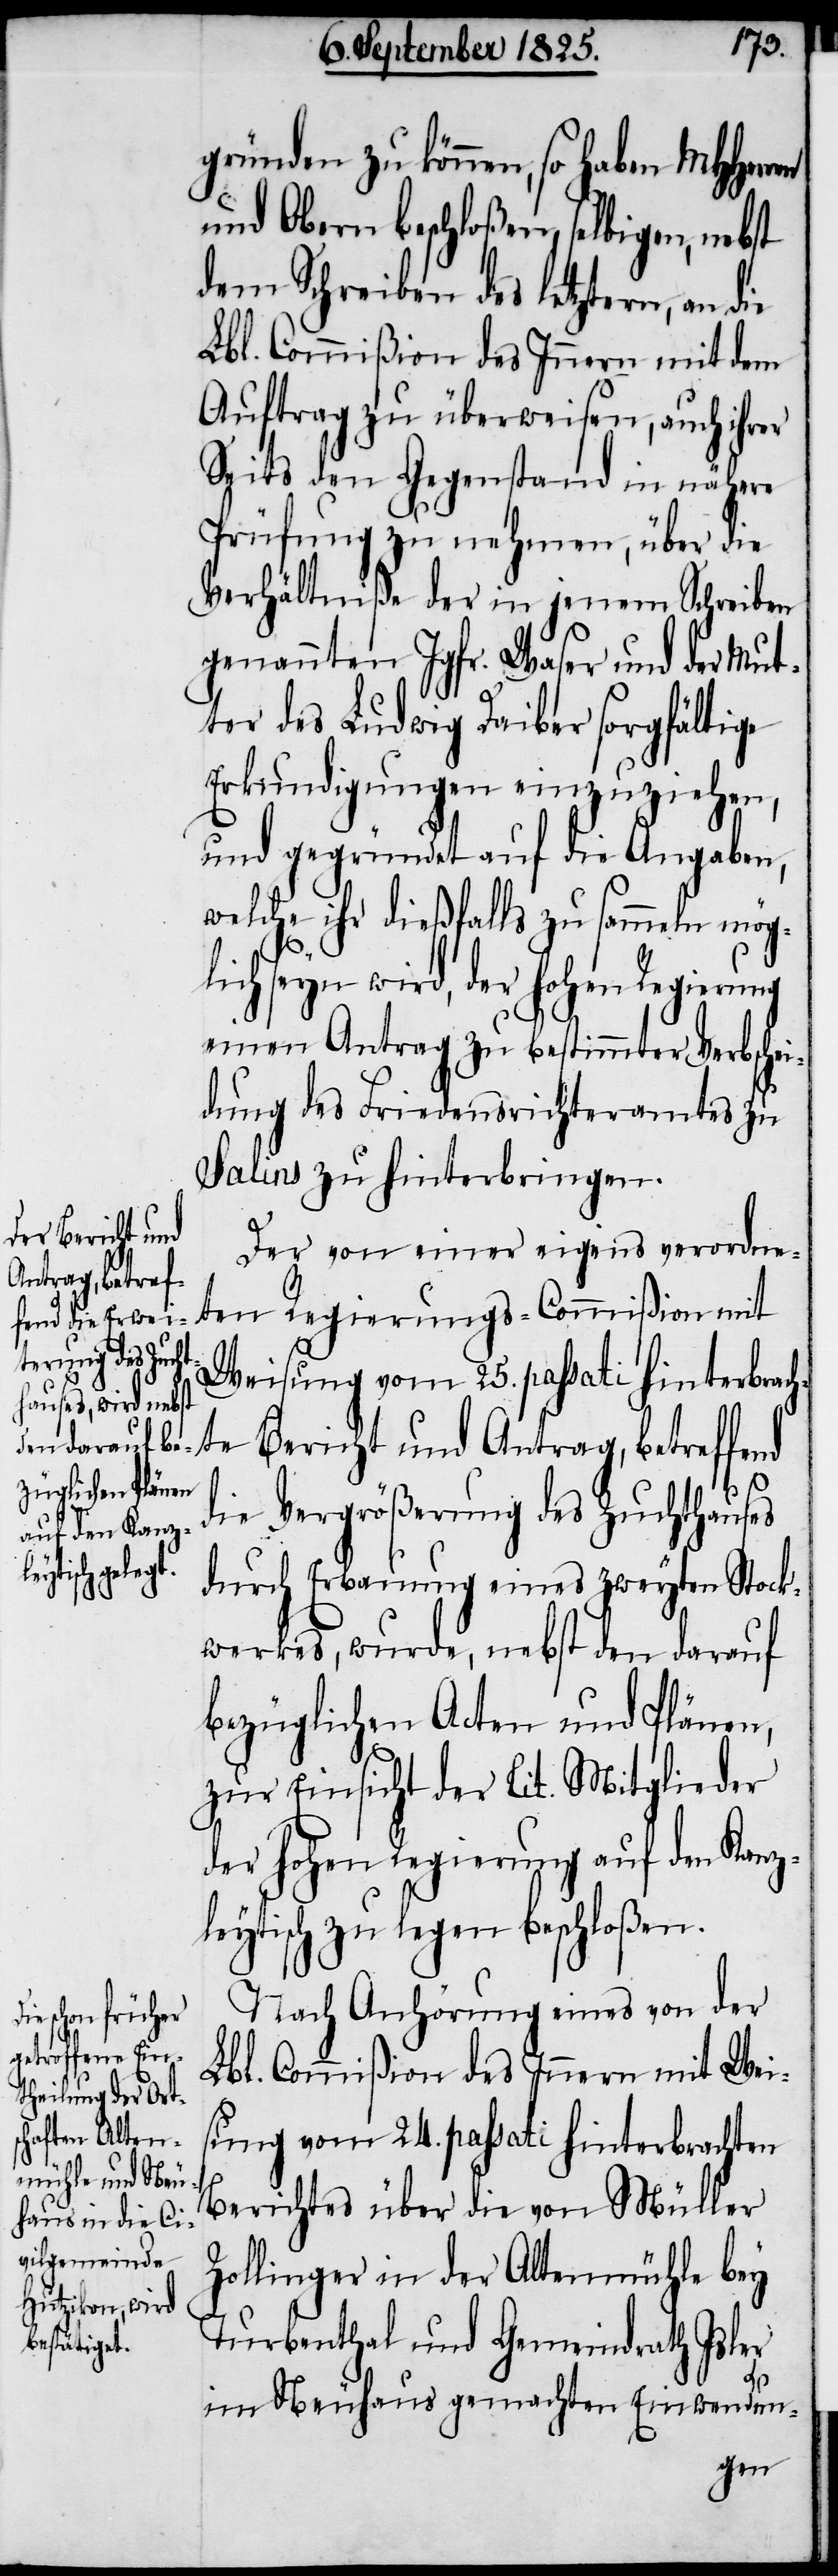
gründen zu können, so haben MHHerr¬
und Obern beschloßen, selbigen, nebst
dem Schreiben des letztern, an die
Lbl. Commißion des Innern mit dem
Auftrag zu überweisen, auch ihrer
Seits den Gegenstand in nähere
Prüfung zu nehmen, über die
Verhältniße der in jenem Schreiben
genannten Jgfr. Waser und der Mut¬
ter des Ludwig Daiber sorgfältige
Erkundigungen einzuziehen,
und gegründet auf die Angaben,
welche ihr dießfalls zu sammeln mög¬
lich seyn wird, der hohen Regierung
einen Antrag zu bestimmter Verbschei¬
dung des Friedensrichteramtes zu
Salins zu hinterbringen.
Der von einer eigens verordne¬
ten Regierungs- Commißion ist
Weisung vom 25. passati hinterbrach¬
ten Bericht und Antrag, betreffend
die Vergrößerung des Zuchthauses
durch Erbauung eines zweyten Stock¬
werkes, wurde, nebst den darauf
bezüglichen Acten und Plänen,
zur Einsicht der Tit. Mitglieder
der hohen Regierung auf den Kanz¬
leytisch zu legen beschloßen.
Nach Anhörung eines von der
Lbl. Commißion des Innern mit Wei¬
sung vom 24. passati hinterbrachten
Berichtes über die von Müller
Zollinger in der Altenmühle bey
Turbenthal und Gemeindrath Isler
im Neuhaus gemachten Einwendun-
en